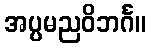
အပ္ပမညဝိဘင်္ဂ။